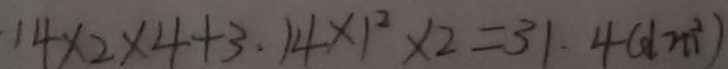
1 4 \times 2 \times 4 + 3 . 1 4 \times 1 ^ { 2 } \times 2 = 3 1 . 4 ( d m ^ { 2 } )